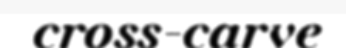
cross-carve